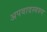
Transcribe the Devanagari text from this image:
अपवादस्वरुप